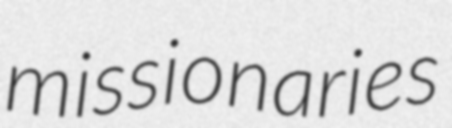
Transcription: missionaries